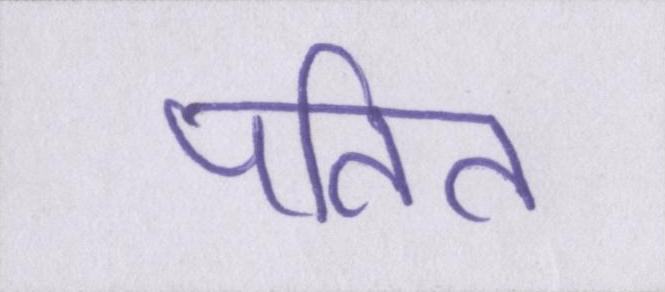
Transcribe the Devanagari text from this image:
पतित